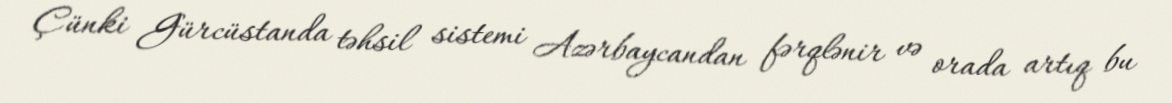
Çünki Gürcüstanda təhsil sistemi Azərbaycandan fərqlənir və orada artıq bu